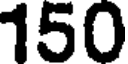
150